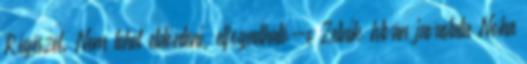
Régészet. Nem lehet eldönteni, elfogadható-e Zelnik István javaslata Noha